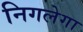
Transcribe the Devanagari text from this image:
निगलेगा